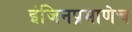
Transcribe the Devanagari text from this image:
इंजिनप्रमाणेच